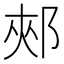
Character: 郟